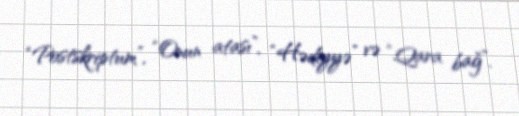
“Postskriptum”, “Onun atası”, “Hədiyyə” və “Qara bağ”.